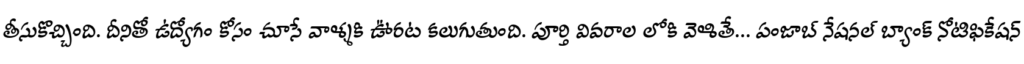
తీసుకొచ్చింది. దీనితో ఉద్యోగం కోసం చూసే వాళ్ళకి ఊరట కలుగుతుంది. పూర్తి వివరాల లోకి వెళితే... పంజాబ్ నేషనల్ బ్యాంక్ నోటిఫికేషన్